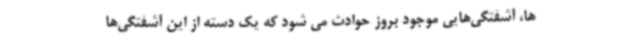
ها، آشفتگی‌هایی موجود بروز حوادث می شود که یک دسته از این آشفتگی‌ها